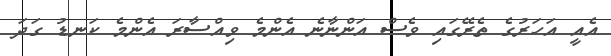
އެއީ އަހަރުގެ ތެރޭގައި ވެސް އަންނާނެ އެންމެ ވިއްސާރަ އެންމެ ކަނޑު ގަދަ